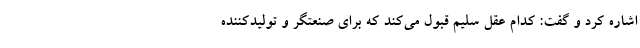
اشاره کرد و گفت: کدام عقل سلیم قبول می‌کند که برای صنعتگر و تولیدکننده